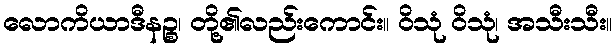
လောကိယာဒီနဉ္စ၊ တို့၏လည်းကောင်း။ ဝိသုံ ဝိသုံ၊ အသီးသီး။